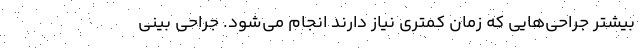
بیشتر جراحی‌هایی که زمان کمتری نیاز دارند انجام می‌شود. جراحی بینی